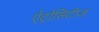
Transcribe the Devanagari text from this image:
ऍट्रोसिटीज